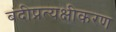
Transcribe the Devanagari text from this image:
बंदीप्रत्यक्षीकरण